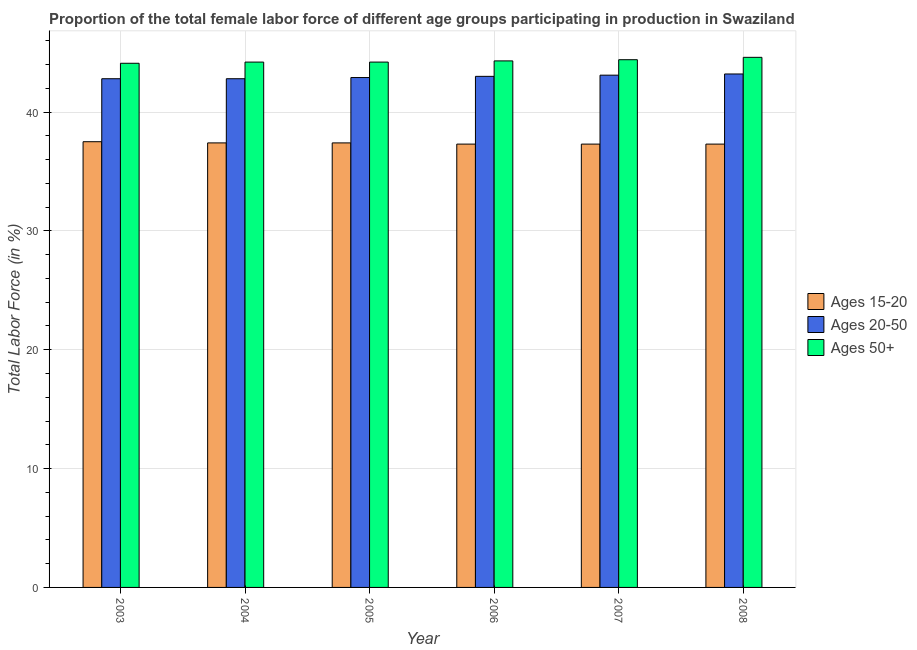
| Year | Ages 15-20 | Ages 20-50 | Ages 50+ |
 | --- | --- | --- | --- |
 | 2003 | 37.5 | 42.8 | 44.1 |
 | 2004 | 37.4 | 42.8 | 44.2 |
 | 2005 | 37.4 | 42.9 | 44.2 |
 | 2006 | 37.3 | 43 | 44.3 |
 | 2007 | 37.3 | 43.1 | 44.4 |
 | 2008 | 37.3 | 43.2 | 44.6 |